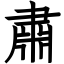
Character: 肅